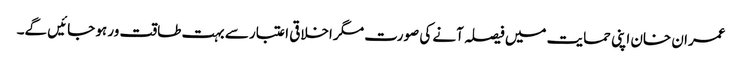
عمران خان اپنی حمایت میں فیصلہ آنے کی صورت مگر اخلاقی اعتبار سے بہت طاقت ور ہو جائیں گے۔